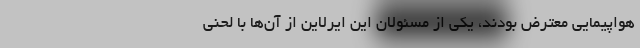
هواپیمایی معترض بودند، یکی از مسئولان این ایرلاین از آن‌ها با لحنی